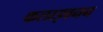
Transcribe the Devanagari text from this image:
कलाइवनन